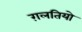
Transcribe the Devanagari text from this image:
ग़लतियो